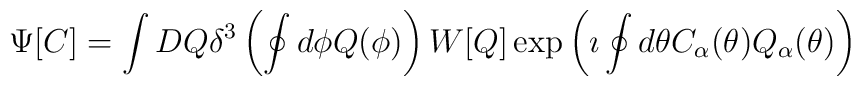
\Psi[C] = \int DQ\delta^3 \left(\oint d \phi Q(\phi) \right)	 W[Q] \exp	\left(	\imath \oint d \theta C_{\alpha}(\theta) Q_{\alpha}(\theta)	\right)